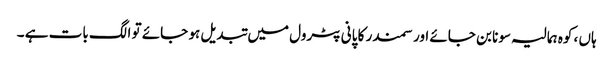
ہاں ، کوہ ہمالیہ سونا بن جائے اور سمندر کا پانی پٹرول میں تبدیل ہو جائے تو الگ بات ہے ۔